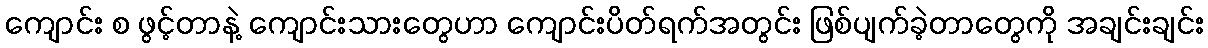
ကျောင်း စ ဖွင့်တာနဲ့ ကျောင်းသားတွေဟာ ကျောင်းပိတ်ရက်အတွင်း ဖြစ်ပျက်ခဲ့တာတွေကို အချင်းချင်း